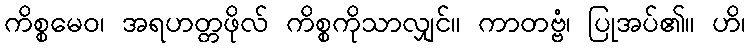
ကိစ္စမေဝ၊ အရဟတ္တဖိုလ် ကိစ္စကိုသာလျှင်။ ကာတဗ္ဗံ၊ ပြုအပ်၏။ ဟိ၊